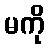
မကို